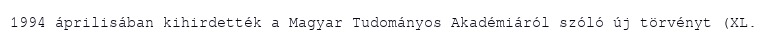
1994 áprilisában kihirdették a Magyar Tudományos Akadémiáról szóló új törvényt (XL.